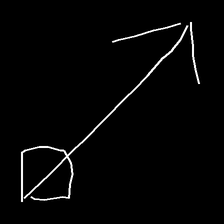
Glyph: focus